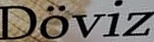
Doviz